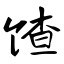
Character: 馇